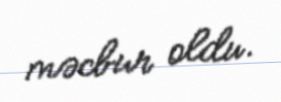
məcbur oldu.